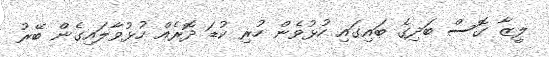
ލީޒާ ގޮސް ބަދިގެ ބައިގައި ހުޅުވެން ހުރި ކުޑަ ދޮރެއް ހުޅުވާލައިގެން ބޭރު